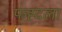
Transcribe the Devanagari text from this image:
फह्दला